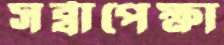
সর্ব্বাপেক্ষা